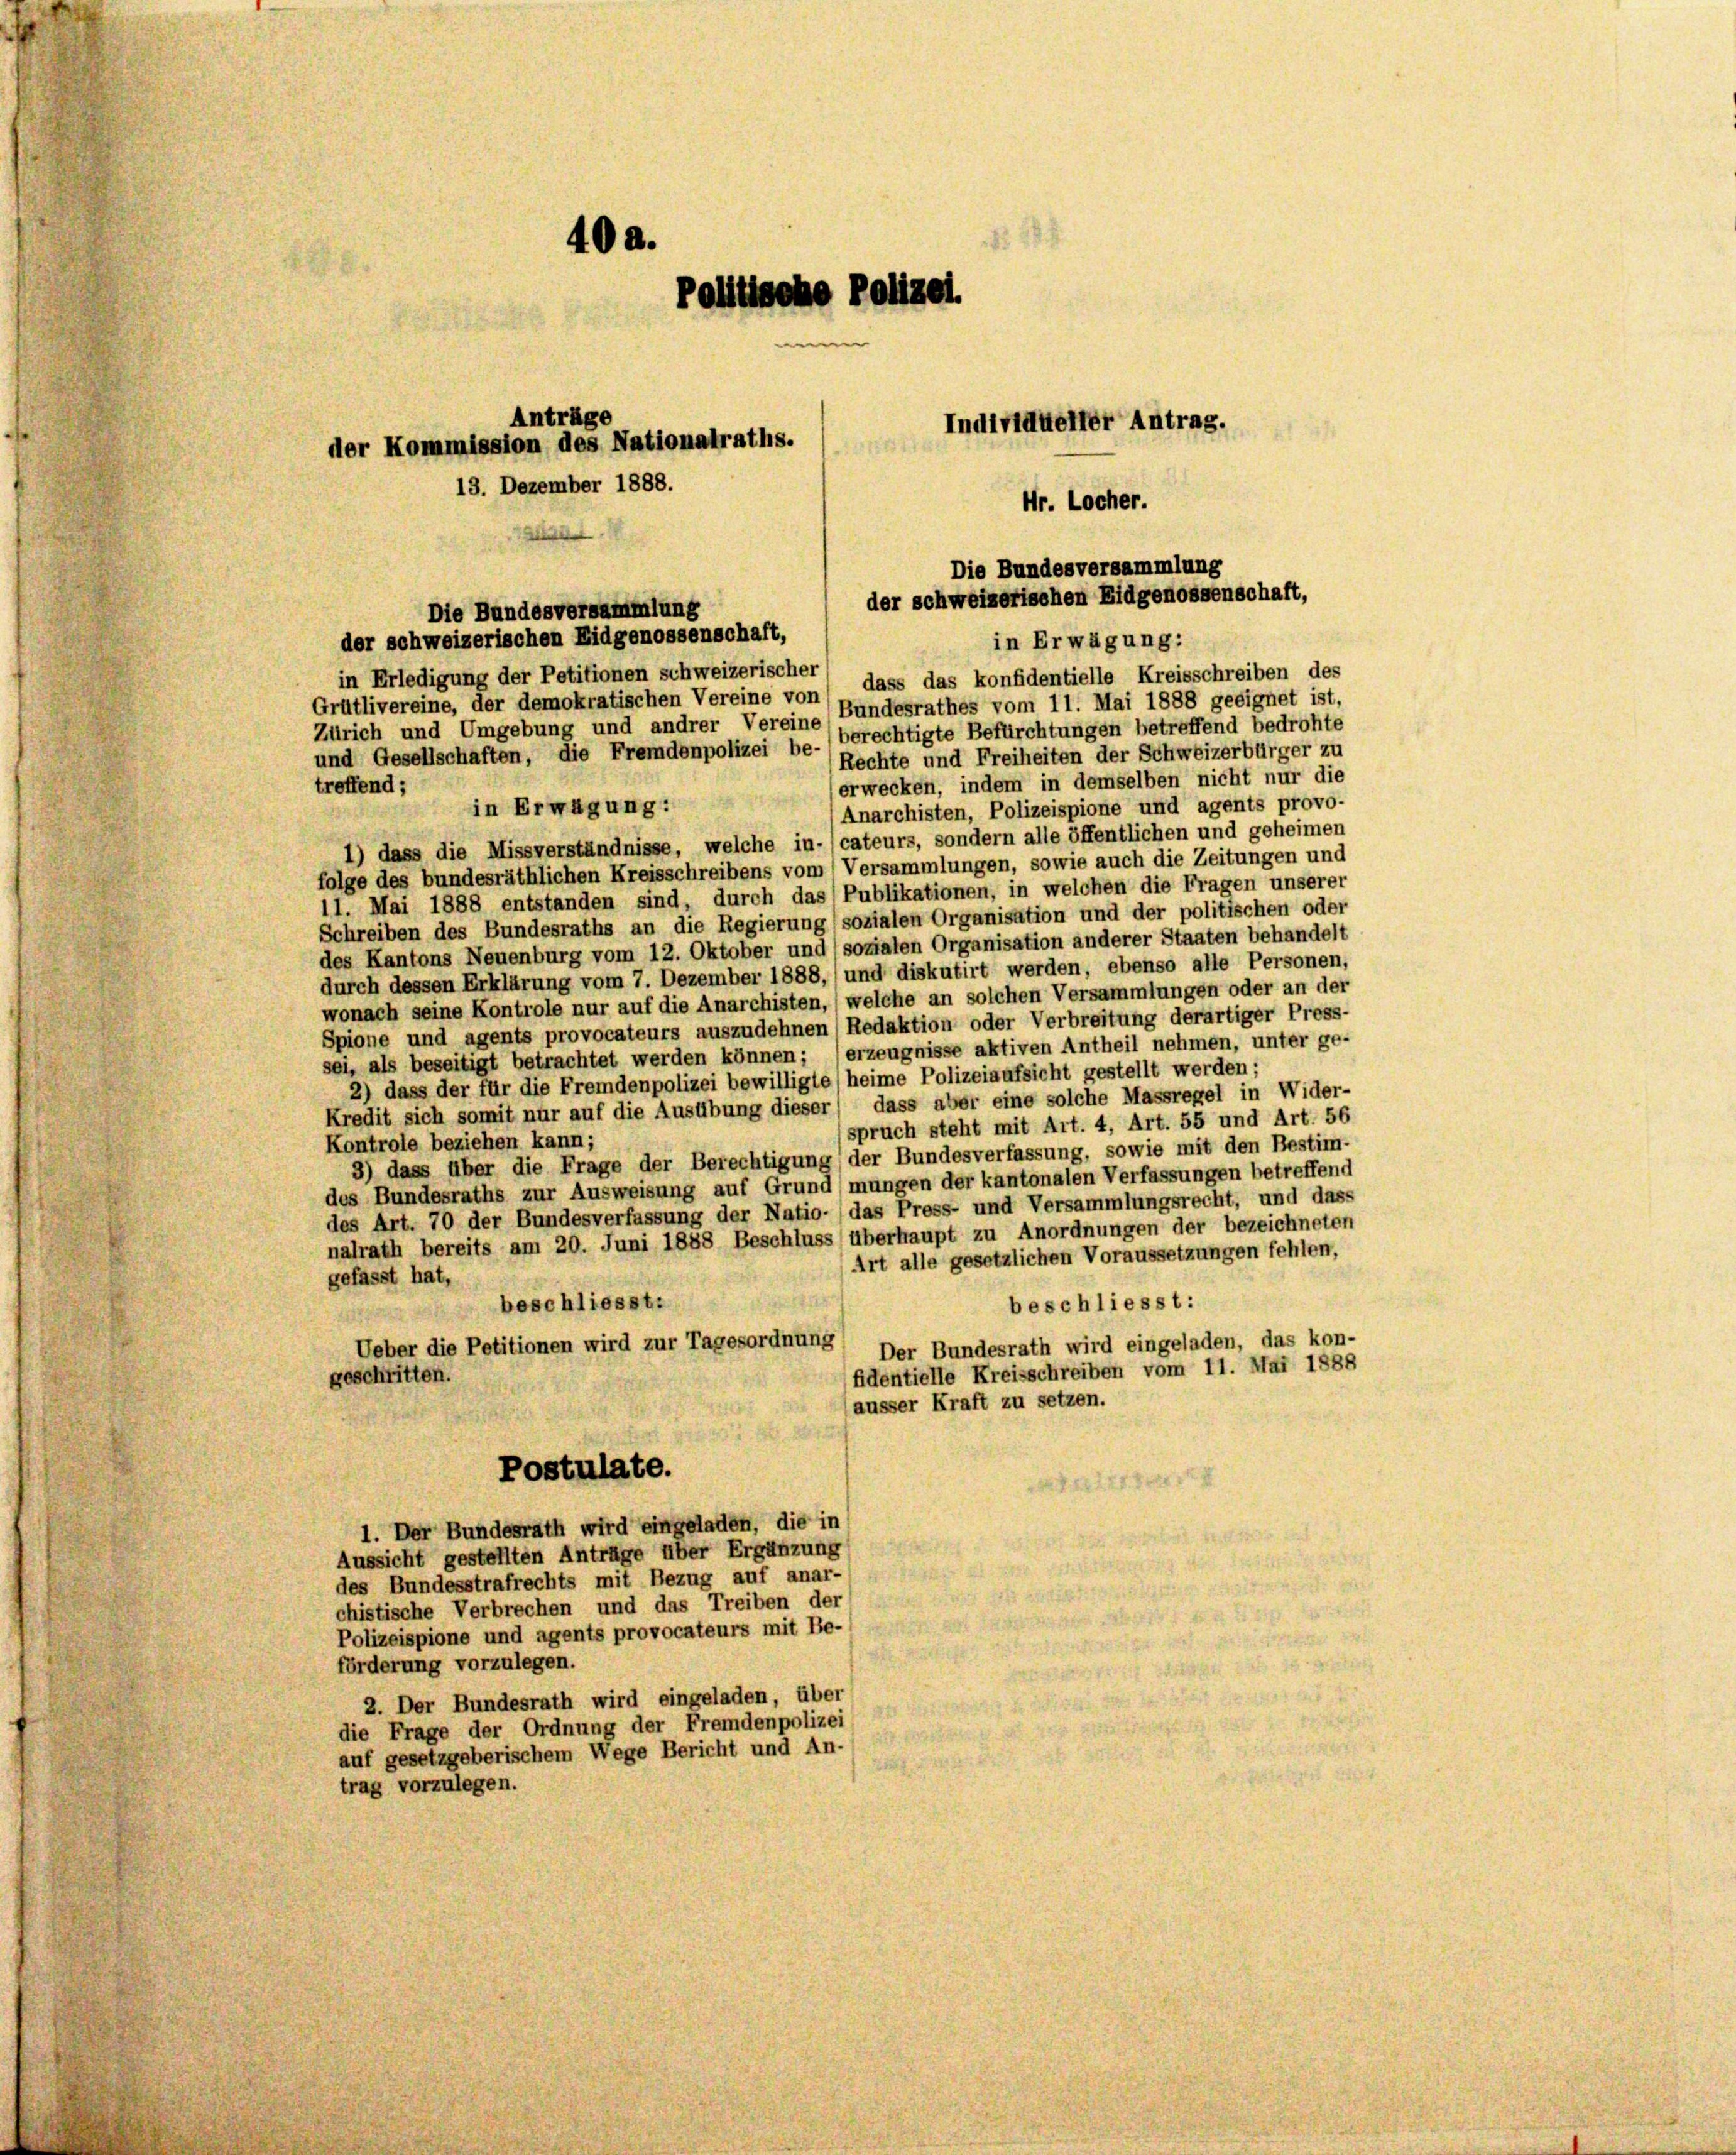
40a.
Politische Polizei.
Anträge
Individueller Antrag.
der Kommission des Nationalraths.
13. Dezember 1888.
Hr. Locher.

Die Bundesversammlung
der schweizerischen Eidgenossenschaft,
Die Bundesversammlung
der schweizerischen Eidgenossenschaft,
in Erwägung:

in Erledigung der Petitionen schweizerischer
Grütlivereine, der demokratischen Vereine von dass das konfidentielle Kreisschreiben des
Zürich und Umgebung und andrer Vereine Bundesrathes vom 11. Mai 1888 geeignet ist,
berechtigte Befürchtungen betreffend bedrohte
Rechte und Freiheiten der Schweizerbürger zu
erwecken, indem in demselben nicht nur die
treffend;
Anarchisten, Polizeispione und agents provo-
1) dass die Missverständnisse, welche in-(cateurs, sondern alle öffentlichen und geheimen
folge des bundesräthlichen Kreisschreibens vom Versammlungen, sowie auch die Zeitungen und
11. Mai 1888 entstanden sind, durch das Publikationen, in welchen die Fragen unserer
Schreiben des Bundesraths an die Regierung) sozialen Organisation und der politischen oder
des Kantons Neuenburg vom 12. Oktober und) sozialen Organisation anderer Staaten behandelt
durch dessen Erklärung vom 7. Dezember 1888, und diskutirt werden, ebenso alle Personen,
wonach seine Kontrole nur auf die Anarchisten, welche an solchen Versammlungen oder an der
Spione und agents provocateurs auszudehnen Redaktion oder Verbreitung derartiger Press-
sei, als beseitigt betrachtet werden können; (erzeugnisse aktiven Antheil nehmen, unter ge-
2) dass der für die Fremdenpolizei bewilligte (heime Polizeiaufsicht gestellt werden;
Kredit sich somit nur auf die Ausübung dieser dass aber eine solche Massregel in Wider-
(spruch steht mit Art. 4, Art. 55 und Art. 56
Kontrole beziehen kann;
3) dass über die Frage der Berechtigung der Bundesverfassung, sowie mit den Bestim-
des Bundesraths zur Ausweisung auf Grund mungen der kantonalen Verfassungen betreffend
des Art. 70 der Bundesverfassung der Natio- das Press- und Versammlungsrecht, und dass
nalrath bereits am 20. Juni 1888 Beschluss überhaupt zu Anordnungen der bezeichneten
Art alle gesetzlichen Voraussetzungen fehlen,
gefasst hat,
beschliesst:
beschliesst:
Ueber die Petitionen wird zur Tagesordnung
Der Bundesrath wird eingeladen, das kon-
fidentielle Kreisschreiben vom 11. Mai 1888
geschritten.
(äusser Kraft zu setzen.
Postulate.
1. Der Bundesrath wird eingeladen, die in
Aussicht gestellten Anträge über Ergänzung
des Bundesstrafrechts mit Bezug auf anar-
chistische Verbrechen und das Treiben der
Polizeispione und agents provocateurs mit Be-
förderung vorzulegen.
2. Der Bundesrath wird eingeladen, über
die Frage der Ordnung der Fremdenpolizei
auf gesetzgeberischem Wege Bericht und An-
trag vorzulegen.

und Gesellschaften, die Fremdenpolizei be-
in Erwägung: